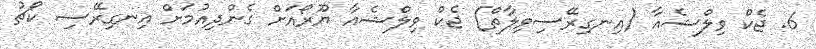
6. ޖެކް ވިލްޝެއާ (އިނގިރޭސިވިލާތް) ޖެކް ވިލްޝެއާ ޔޫރޯއަށް ގެންދިއުމަށް އިނގިރޭސި ކޯޗު